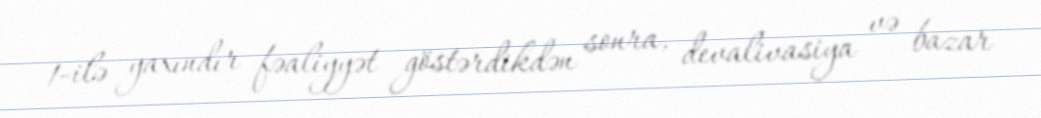
1-ilə yaxındır fəaliyyət göstərdikdən sonra, devalivasiya və bazar